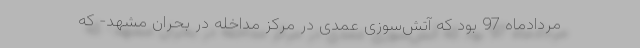
مردادماه 97 بود که آتش‌سوزی عمدی در مرکز مداخله در بحران مشهد- که